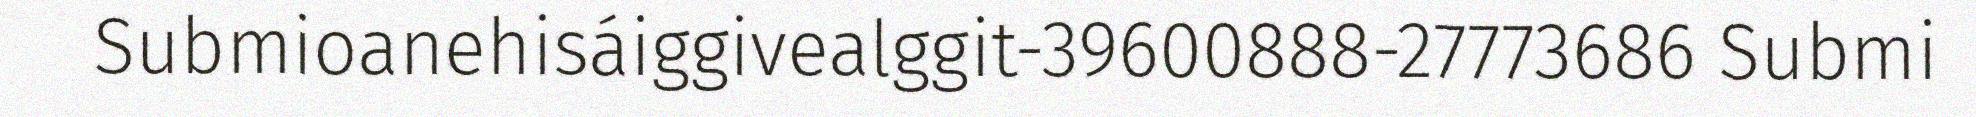
Submioanehisáiggivealggit-39600888-27773686 Submi